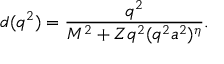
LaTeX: d ( q ^ { 2 } ) = { \frac { q ^ { 2 } } { M ^ { 2 } + Z q ^ { 2 } ( q ^ { 2 } a ^ { 2 } ) ^ { \eta } } } .